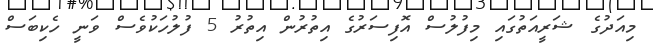
މިއަދުގެ ޝަރީއަތުގައި މިފުލުސް އޮފިސަރުގެ އިތުރުން އިތުރު 5 ފުލުހަކުވެސް ވަނީ ހެކިބަސް